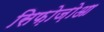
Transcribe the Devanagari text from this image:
सिफ़ोज़ोआ